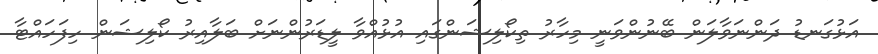
އަޅުގަނޑު ދަންނަވާލަން ބޭނުންވަނީ މިހާރު ތިކޯލިޝަންގައި އުޅުއްވާ ލީޑަރުންނަށް ބަލާއިރު ކޯލިޝަން ހިފަހައްޓާ